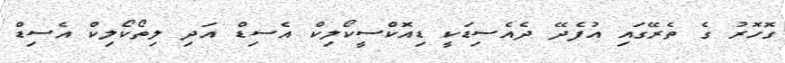
ގޮހޮރު ގެ ތެރޭގައި އުފެދޭ ދެއެސިޑަކީ ޑިއޮކްސީކޯލިކް އެސިޑް އަދި ލިތޯކޯލިކް އެސިޑް